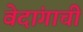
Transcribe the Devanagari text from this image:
वेदांगाची